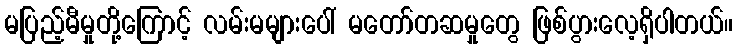
မပြည့်မီမှုတို့ကြောင့် လမ်းမများပေါ် မတော်တဆမှုတွေ ဖြစ်ပွားလေ့ရှိပါတယ်။